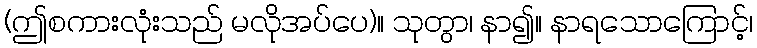
(ဤစကားလုံးသည် မလိုအပ်ပေ)။ သုတွာ၊ နာ၍။ နာရသောကြောင့်၊